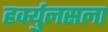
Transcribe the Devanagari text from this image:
हर्क्युलसला